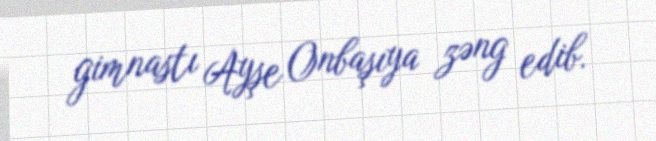
gimnastı Ayşe Onbaşıya zəng edib.